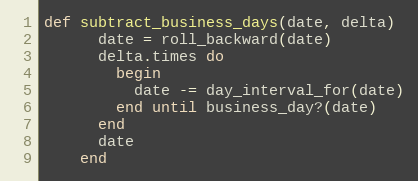
Language: Ruby
def subtract_business_days(date, delta)
      date = roll_backward(date)
      delta.times do
        begin
          date -= day_interval_for(date)
        end until business_day?(date)
      end
      date
    end